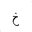
Letter: _kha